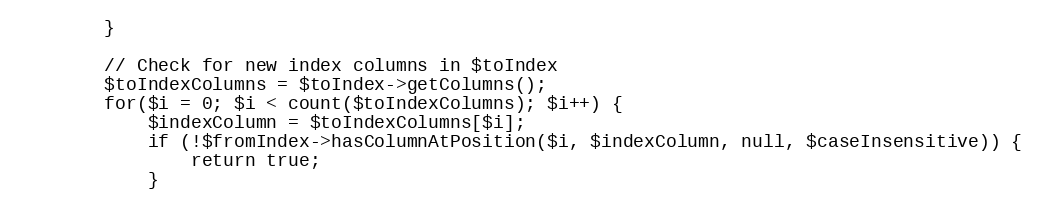
Language: PHP
		}

		// Check for new index columns in $toIndex
		$toIndexColumns = $toIndex->getColumns();
		for($i = 0; $i < count($toIndexColumns); $i++) {
			$indexColumn = $toIndexColumns[$i];
			if (!$fromIndex->hasColumnAtPosition($i, $indexColumn, null, $caseInsensitive)) {
				return true;
			}